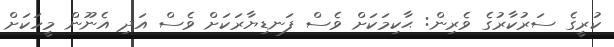
ކުރީގެ ސަރުކާރުގެ ވެރިން: ޙާކިމަކަށް ވެސް ފަނޑިޔާރަކަށް ވެސް އަދި އެނޫން މީހަކަށް